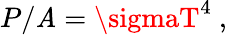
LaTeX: P/\mathit{A}=\sigmaT^{4}\ ,